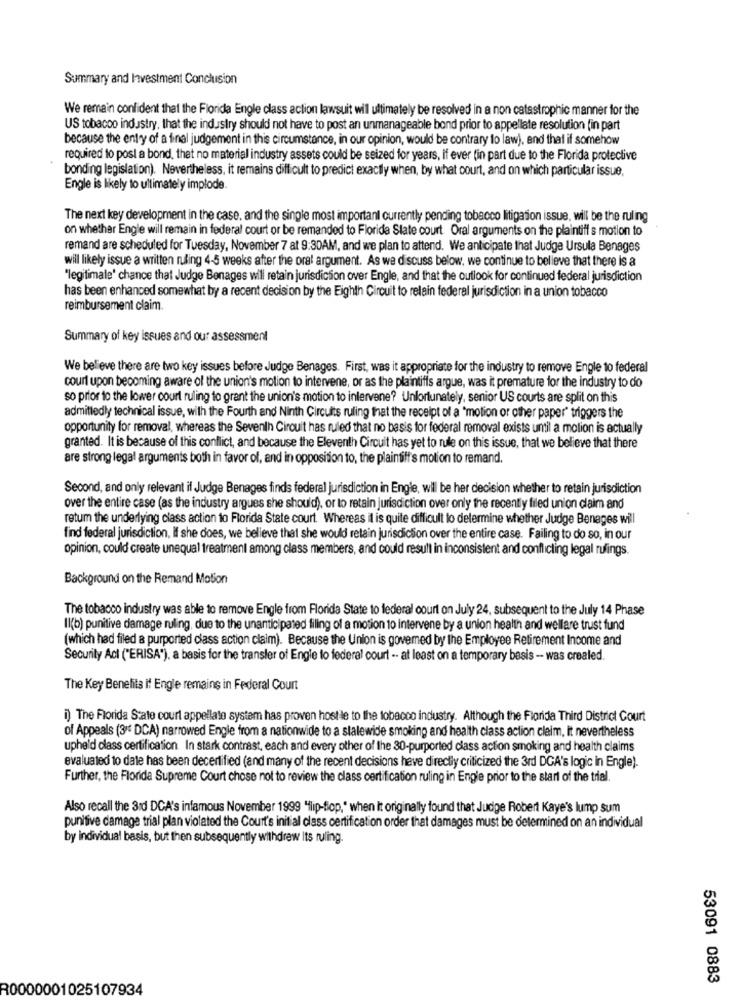
Summary and Investment Conclusion
We remain confident that the Florida Engle class action lawsuit wil ultimately be resolved in a non catastrophic manner for the
US tobacco industry, that the industry should not have to post an unmanageable bond prior to appellate resolution fin part
because the entry of a final judgement in this circumstance, in our opinion, would be contrary to law), and that if somehow
required to post a bond, that no material industry assets could be seized for years, if ever (in part due to the Florida protective
bonding legislation). Nevertheless, it remains difficult to predict exactly when, by what court, and on which particular issue,
Engle is likely to ultimately implode
The next key development in the case, and the single most important currently pending tobacco litigation issue, will be the ruling
on whether Engle will remain in federal court or be remanded to Florida State court Oral arguments on the plaintiff s motion to
remand are scheduled for Tuesday, November 7 at 9:30AM, and we plan to attend. We anticipate that Judge Ursula Benages
will likely issue a written ruling 4-5 weeks after the oral argument. As we discuss below, we continue to believe that there is a
"legitimale' chance that Judge Benages will retain jurisdiction over Engle, and that the outlook for continued federal jurisdiction
has been enhanced somewhat by a recent decision by the Eighth Circuit to relain federal jurisdiction in a union tobacco
reimbursement claim.
Summary of key issues and our assessment
We believe there are two key issues before Judge Benages. First, was it appropriate for the industry to remove Engle to federal
court upon becoming aware of the union's motion to intervene, or as the plaintiffs argue, was it premature for the industry to do
so prior to the lower court ruling to grant the union's motion to intervene? Unfortunately, senior US courts are split on this
admittedly technical issue, with the Fourth and Ninth Circuits ruling that the receipt of a "motion or other paper' triggers the
opportunity for removal, whereas the Seventh Circuit has ruled that no basis for federal removal exists until a motion is actually
granted. It is because of this conflict, and because the Eleventh Circuit has yet to rule on this issue, that we believe that there
are strong legal arguments both in favor of, and in opposition to, the plaintiffs motion to remand.
Second, and only relevant il Judge Benages finds federal jurisdiction in Engle, will be her decision whether to retain jurisdiction
over the entire case (as the industry argues she should), or to retain jurisdiction over only the recently filed union claim and
retum the underlying class action to Florida State court. Whereas il is quite difficult to determine whether Judge Benages will
find federal jurisdiction, if she does, we believe that she would retain jurisdiction over the entire case. Failing to do so, in our
opinion, could create unequal treatment among class members, and could result in inconsistent and conflicting legal rulings.
Background on the Remand Motion
The tobacco industry was able to remove Engle from Florida State to federal court on July 24, subsequent to the July 14 Phase
Il(b) punitive damage ruling, due to the unanticipated filing of a motion 10 intervene by a union health and wellare trust fund
(which had filed a purported class action claim). Because the Union is governed by the Employee Retirement Income and
Security Acl ("ERISA*), a basis for the transler of Engle to federal court -- at least on a temporary basis - was crealed.
The Key Benefits i! Engle remains in Federal Court
i) The Florida State court appellato system has proven hostile to the tobacco industry. Although the Florida Third District Court
of Appeals (3"" DCA) narrowed Engle from a nationwide to a statewide smoking and health class action claim, it nevertheless
upheld class certification In stark contrast, each and every other of the 30-purported class action smoking and health claims
evaluated to date has been decertified (and many of the recent decisions have directly criticized the 3rd DGA's logic in Engle).
Further, the Florida Supreme Court chose not to review the class certification ruling in Engle prior to the start of the trial.
Also recall the 3rd DCA's infamous November 1999 "flip-flop," when it originally found that Judge Robert Kaye's lump sum
punitive damage trial plan violated the Court's initial class certification order that damages must be determined on an individual
by individual basis, but then subsequently withdrew Its ruling.
53091 0883
R0000001025107934